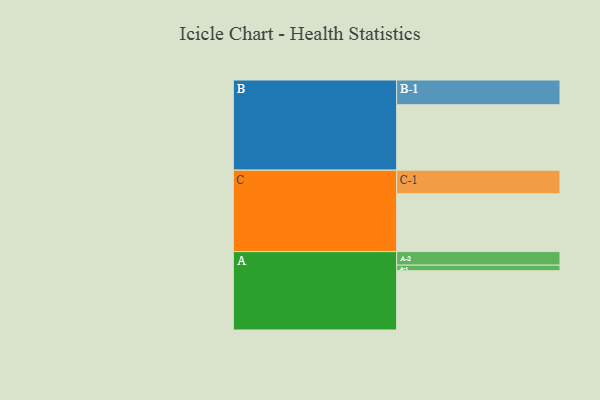
{"axis": {"x": "Segment", "y": "Value"}, "legend": ["", "A", "B", "C"], "data": [{"x": "A", "y": 529, "type": ""}, {"x": "B", "y": 584, "type": ""}, {"x": "C", "y": 516, "type": ""}, {"x": "A-1", "y": 50, "type": "A"}, {"x": "A-2", "y": 121, "type": "A"}, {"x": "B-1", "y": 221, "type": "B"}, {"x": "C-1", "y": 211, "type": "C"}]}